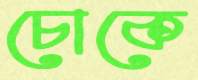
চোকে